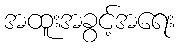
အထူးအခွင့်အရေး